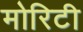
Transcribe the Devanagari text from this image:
मोरिटी